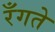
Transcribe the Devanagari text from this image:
रँगते